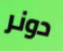
دونر